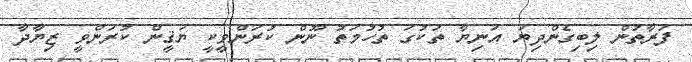
ފަރާތުން ލިބިގެންދިޔަ އަނިޔާ ތަކުގަ ތުހުމަތު ނޫން ކުރަންވީކީ ޔަޤީން ކުރަންވީ ޒިޔާދާ